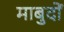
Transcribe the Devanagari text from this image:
माबुदों